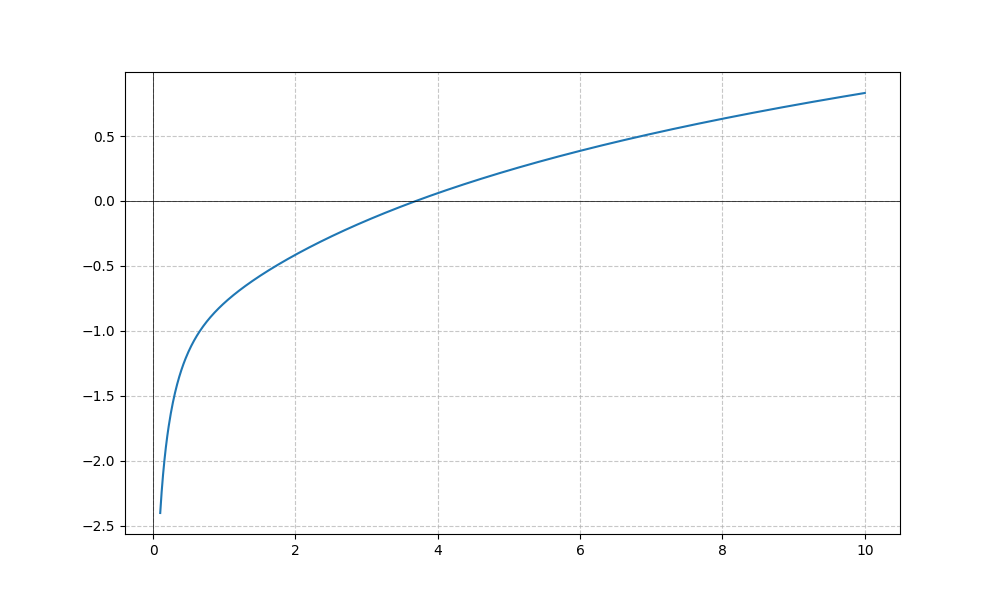
LaTeX formula: \log{\left(x \right)} - \operatorname{atan}{\left(x \right)}